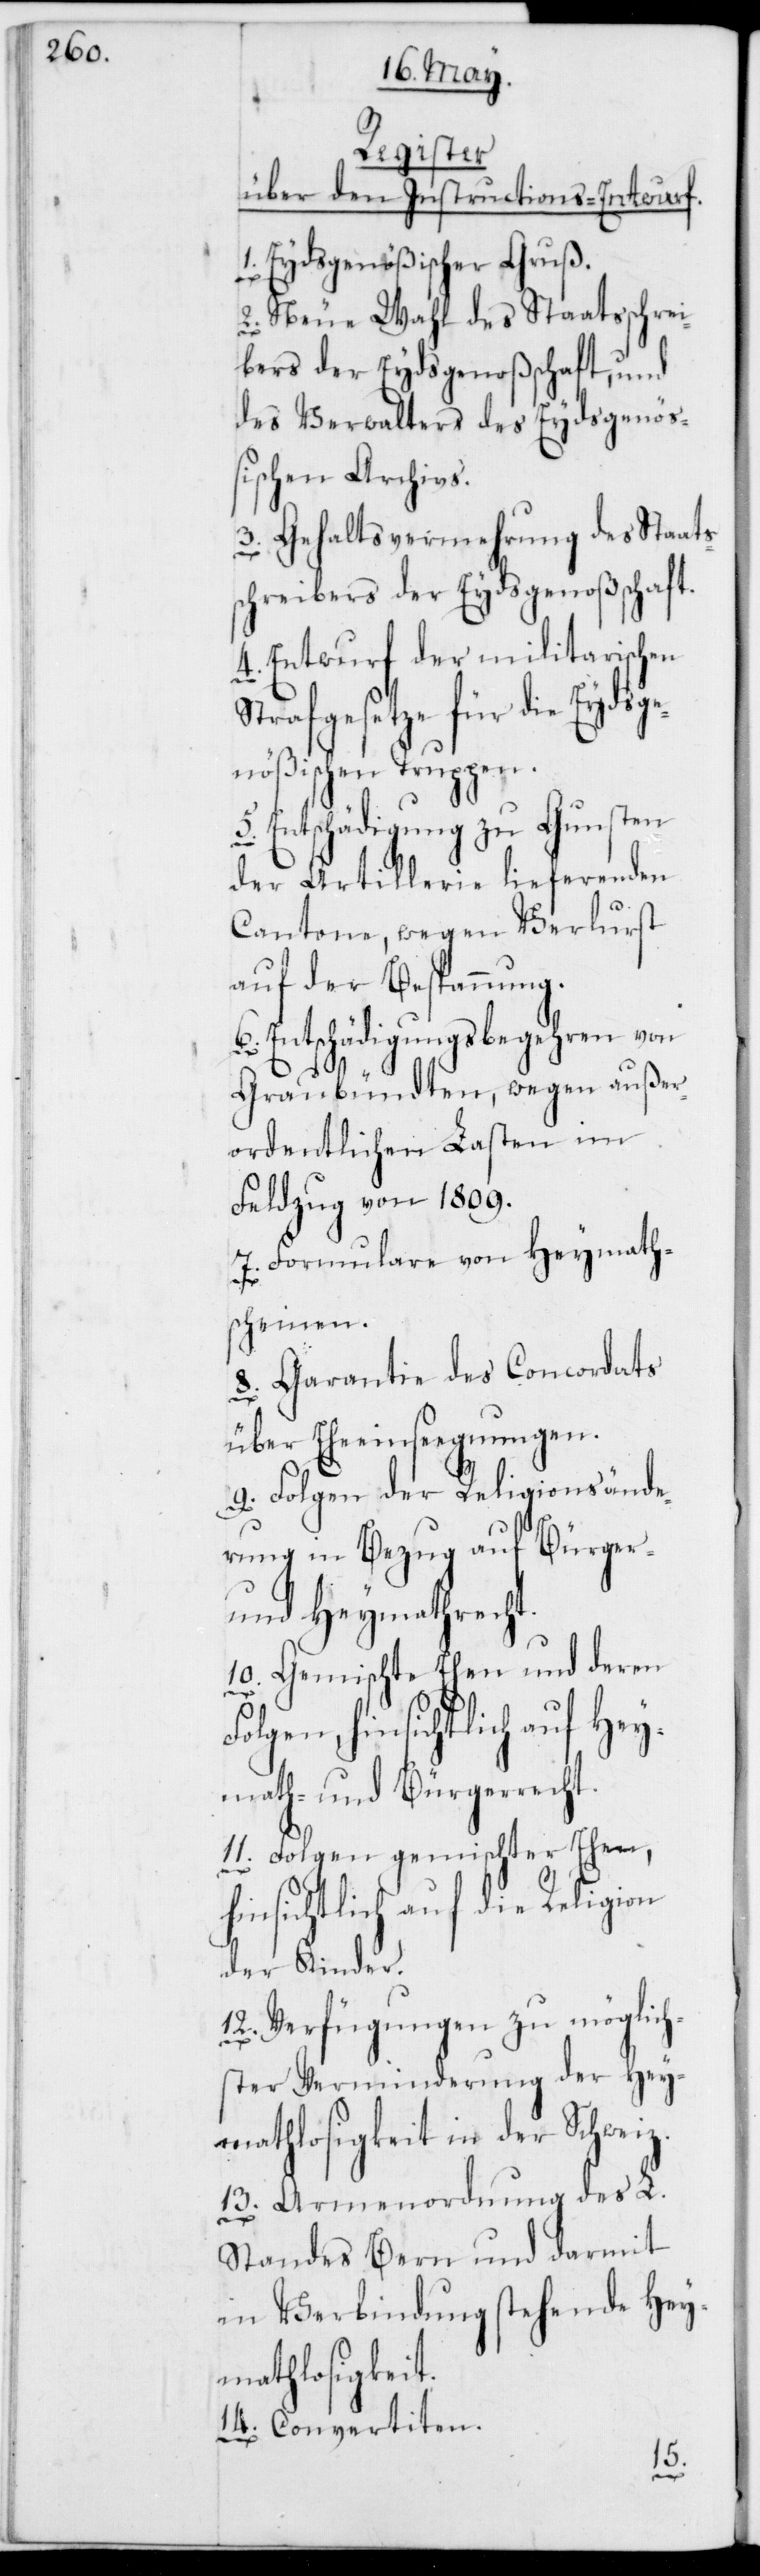
Register
über den Instructions-Entwurf.
1. Eydsgenößischer Gruß.
2. Neue Wahl des Staatsschrei¬
bers der Eydsgenoßenschaft, und
des Verwalters des Eydsgenöß¬
ischen Archivs.
3. Gehaltsvermehrung des Staats¬
chreibers der Eydsgenoßenschaft.
4. Entwurf der militarischen
Strafgesetze für die Eydsge¬
nößischen Truppen.
Entschädigung zu Gunsten
der Artillerie lieferenden
Cantone, wegen Verlust
auf der Bespannung.
6. Entschädigungsbegehren von
Graubündten, wegen außer¬
ordentlichen Lasten im
Feldzug von 1809.
7. Formulare von Heymath¬
scheinen.
8. Garantie des Concordats
über Eheeinsegungen.
9. Folgen der Religionsände¬
rung in Bezug auf Bürger-
und Heymathrecht.
10. Gemischte Ehen und deren
Folgen, hinsichtlich auf Hey¬
math- und Bürgerrecht.
11. Folgen gemischter Ehen,
hinsichtlich auf die Religion
der Kinder.
12. Verfügungen zu möglich¬
ster Verminderung der Hey¬
mathlosigkeit in der Schweiz.
13. Armenordnung des L.
Standes Bern und darmit
in Verbindung stehende Hey¬
mathlosigkeit.
14. Convertiten.
5.